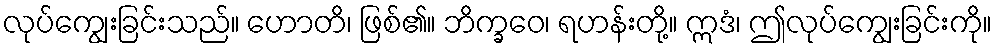
လုပ်ကျွေးခြင်းသည်။ ဟောတိ၊ ဖြစ်၏။ ဘိက္ခဝေ၊ ရဟန်းတို့။ ဣဒံ၊ ဤလုပ်ကျွေးခြင်းကို။